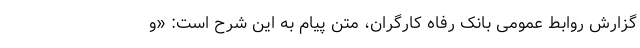
گزارش روابط عمومی بانک رفاه کارگران، متن پیام به این شرح است: «وَ